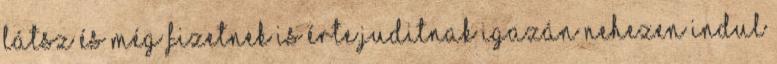
látsz és még fizetnek is érte.Juditnak igazán nehezen indul